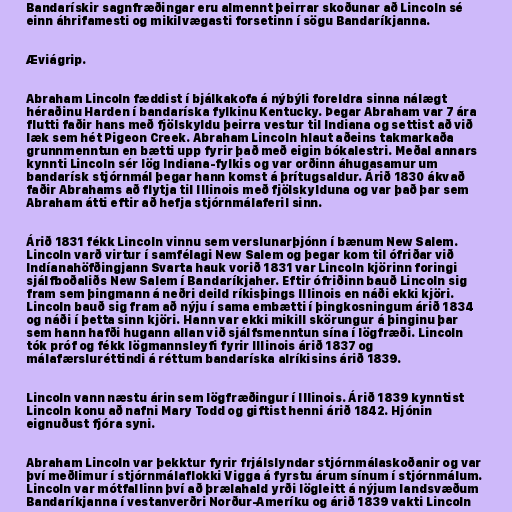
Bandarískir sagnfræðingar eru almennt þeirrar skoðunar að Lincoln sé
einn áhrifamesti og mikilvægasti forsetinn í sögu Bandaríkjanna.

Æviágrip.

Abraham Lincoln fæddist í bjálkakofa á nýbýli foreldra sinna nálægt
héraðinu Harden í bandaríska fylkinu Kentucky. Þegar Abraham var 7 ára
flutti faðir hans með fjölskyldu þeirra vestur til Indiana og settist að við
læk sem hét Pigeon Creek. Abraham Lincoln hlaut aðeins takmarkaða
grunnmenntun en bætti upp fyrir það með eigin bókalestri. Meðal annars
kynnti Lincoln sér lög Indiana-fylkis og var orðinn áhugasamur um
bandarísk stjórnmál þegar hann komst á þrítugsaldur. Árið 1830 ákvað
faðir Abrahams að flytja til Illinois með fjölskylduna og var það þar sem
Abraham átti eftir að hefja stjórnmálaferil sinn.

Árið 1831 fékk Lincoln vinnu sem verslunarþjónn í bænum New Salem.
Lincoln varð virtur í samfélagi New Salem og þegar kom til ófriðar við
Indíanahöfðingjann Svarta hauk vorið 1831 var Lincoln kjörinn foringi
sjálfboðaliðs New Salem í Bandaríkjaher. Eftir ófriðinn bauð Lincoln sig
fram sem þingmann á neðri deild ríkisþings Illinois en náði ekki kjöri.
Lincoln bauð sig fram að nýju í sama embætti í þingkosningum árið 1834
og náði í þetta sinn kjöri. Hann var ekki mikill skörungur á þinginu þar
sem hann hafði hugann allan við sjálfsmenntun sína í lögfræði. Lincoln
tók próf og fékk lögmannsleyfi fyrir Illinois árið 1837 og
málafærsluréttindi á réttum bandaríska alríkisins árið 1839.

Lincoln vann næstu árin sem lögfræðingur í Illinois. Árið 1839 kynntist
Lincoln konu að nafni Mary Todd og giftist henni árið 1842. Hjónin
eignuðust fjóra syni.

Abraham Lincoln var þekktur fyrir frjálslyndar stjórnmálaskoðanir og var
því meðlimur í stjórnmálaflokki Vigga á fyrstu árum sínum í stjórnmálum.
Lincoln var mótfallinn því að þrælahald yrði lögleitt á nýjum landsvæðum
Bandaríkjanna í vestanverðri Norður-Ameríku og árið 1839 vakti Lincoln